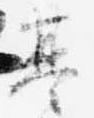
基